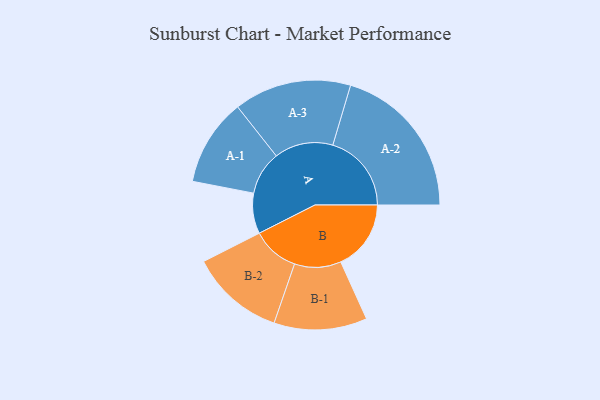
{"axis": {"x": "Segment", "y": "Value"}, "legend": ["", "A", "B"], "data": [{"x": "A", "y": 140, "type": ""}, {"x": "B", "y": 243, "type": ""}, {"x": "A-1", "y": 151, "type": "A"}, {"x": "A-2", "y": 272, "type": "A"}, {"x": "A-3", "y": 203, "type": "A"}, {"x": "B-1", "y": 161, "type": "B"}, {"x": "B-2", "y": 163, "type": "B"}]}